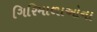
ગિરિમાળાઓના